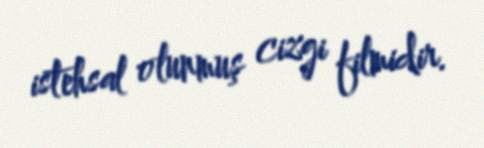
istehsal olunmuş cizgi filmidir.